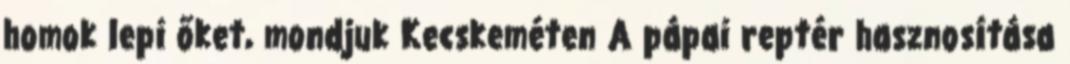
homok lepi őket, mondjuk Kecskeméten A pápai reptér hasznosítása